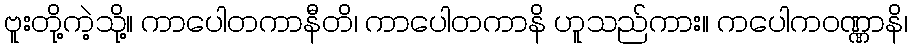
ဗူးတို့ကဲ့သို့။ ကာပေါတကာနီတိ၊ ကာပေါတကာနိ ဟူသည်ကား။ ကပေါကဝဏ္ဏာနိ၊